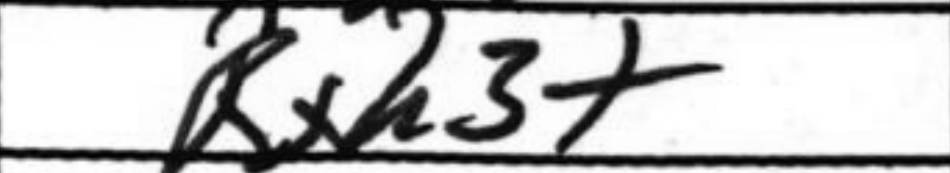
Transcription: Bxh3+